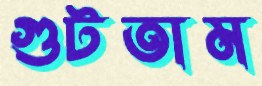
গুটতাম